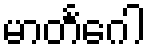
မာတင်္ဂေါ